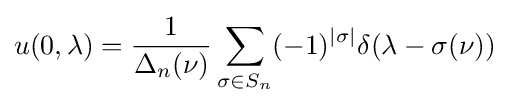
u(0,\lambda )={\frac {1}{\Delta _{n}(\nu )}}\sum _{\sigma \in S_{n}}(-1)^{|\sigma |}\delta (\lambda -\sigma (\nu ))